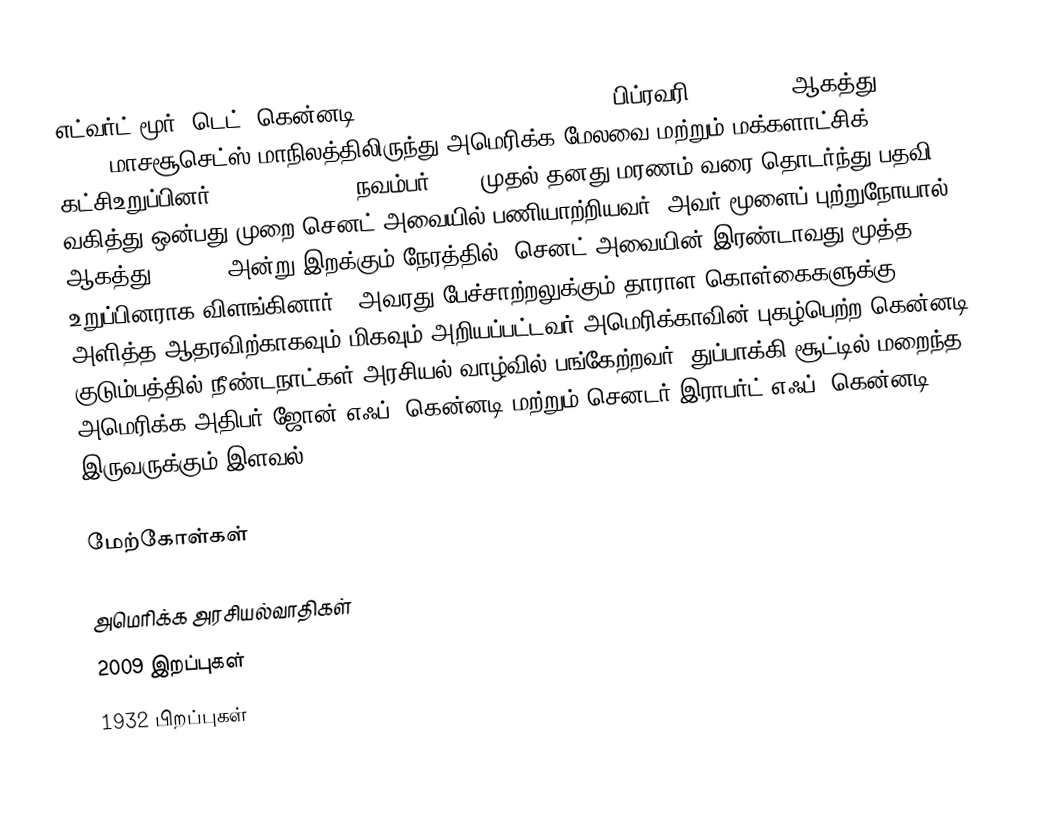
எட்வர்ட் மூர் "டெட்" கென்னடி (Edward Moore "Ted" Kennedy, பிப்ரவரி 22, 1932 –  ஆகத்து 25, 2009) மாசசூசெட்ஸ் மாநிலத்திலிருந்து அமெரிக்க மேலவை  மற்றும் மக்களாட்சிக் கட்சிஉறுப்பினர். In office from நவம்பர் 1962 முதல் தனது மரணம் வரை தொடர்ந்து பதவி வகித்து ஒன்பது முறை செனட் அவையில் பணியாற்றியவர். அவர் மூளைப் புற்றுநோயால் ஆகத்து 25,2009 அன்று இறக்கும் நேரத்தில், செனட் அவையின் இரண்டாவது மூத்த உறுப்பினராக விளங்கினார்.. அவரது பேச்சாற்றலுக்கும் தாராள கொள்கைகளுக்கு அளித்த ஆதரவிற்காகவும் மிகவும் அறியப்பட்டவர்.அமெரிக்காவின் புகழ்பெற்ற கென்னடி குடும்பத்தில் நீண்டநாட்கள் அரசியல் வாழ்வில் பங்கேற்றவர். துப்பாக்கி சூட்டில் மறைந்த அமெரிக்க அதிபர் ஜோன் எஃப். கென்னடி மற்றும் செனடர் இராபர்ட் எஃப். கென்னடி இருவருக்கும் இளவல்.

மேற்கோள்கள்

அமெரிக்க அரசியல்வாதிகள்
2009 இறப்புகள்
1932 பிறப்புகள்